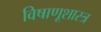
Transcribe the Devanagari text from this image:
विषाणूशास्त्र